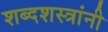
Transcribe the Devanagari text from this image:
शब्दशस्त्रांनी